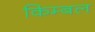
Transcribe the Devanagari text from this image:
किम्बल